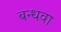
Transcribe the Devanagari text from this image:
बन्धवा